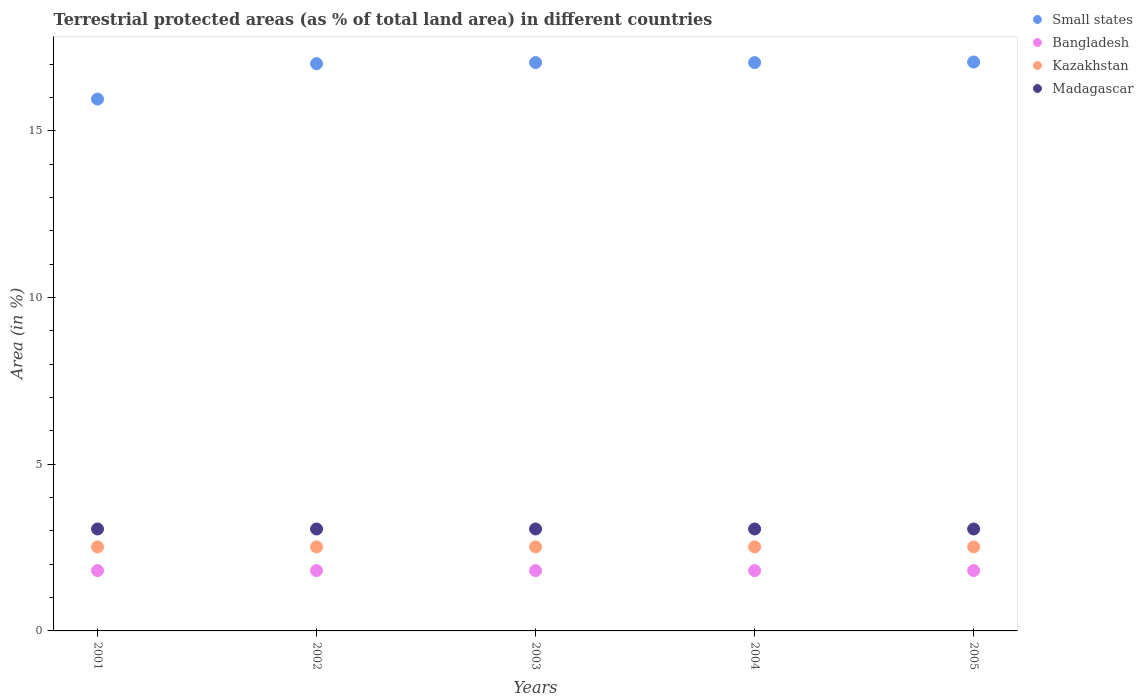
| Years | Small states | Bangladesh | Kazakhstan | Madagascar |
 | --- | --- | --- | --- | --- |
 | 2001 | 16 | 1.81 | 2.52 | 3.06 |
 | 2002 | 17 | 1.81 | 2.52 | 3.06 |
 | 2003 | 17 | 1.81 | 2.52 | 3.06 |
 | 2004 | 17 | 1.81 | 2.52 | 3.06 |
 | 2005 | 17.1 | 1.81 | 2.52 | 3.06 |